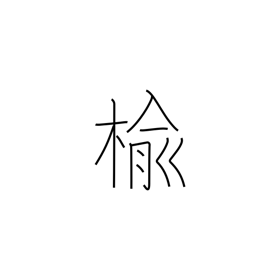
Meaning: elm